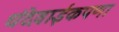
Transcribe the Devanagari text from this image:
धंदेवाईकपणा